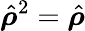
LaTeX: \hat{\boldsymbol{\rho}}^{2}=\hat{\boldsymbol{\rho}}